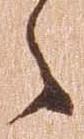
之